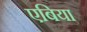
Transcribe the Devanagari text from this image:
एबिया